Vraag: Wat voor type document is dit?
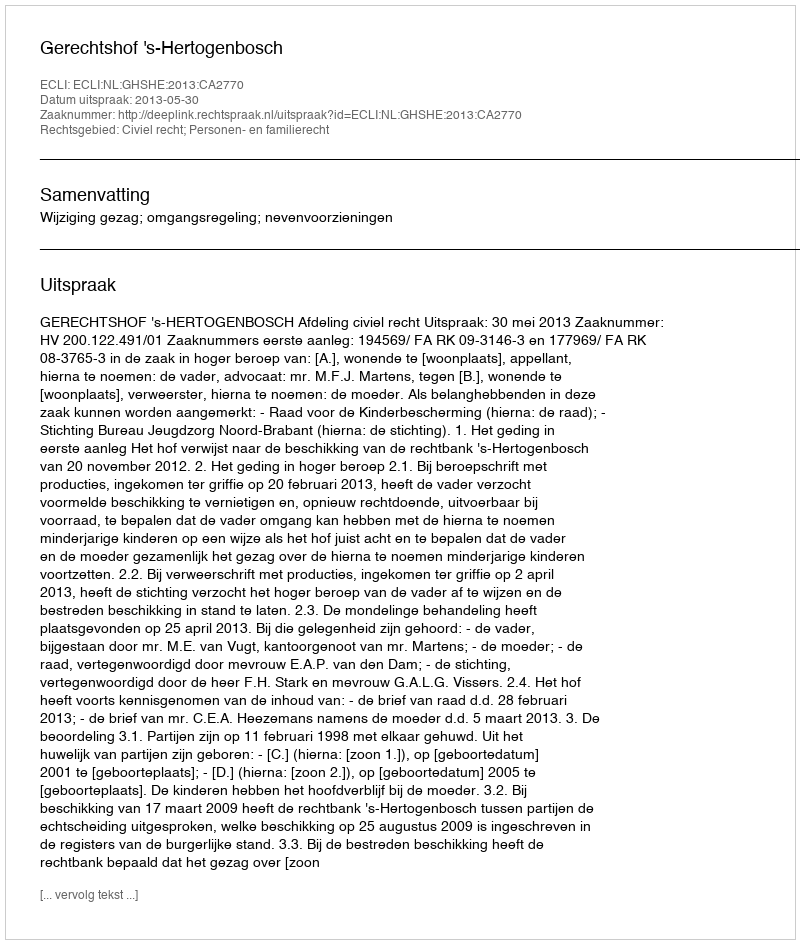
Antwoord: Uitspraak